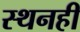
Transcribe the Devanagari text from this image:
स्थनही